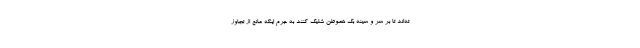
ته‌اند تا بر سر و سینه بک هموطن شلیک کنند به جرم اینکه مانع از تجاوز